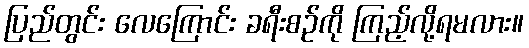
ပြည်တွင်း လေကြောင်း ခရီးစဉ်ကို ကြည့်လို့ရမလား။